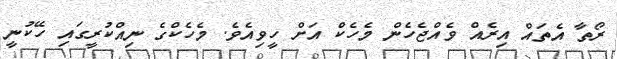
ރޯތާ އެތައް އިރެއް ވެއްޖެހެން މެހެކް އަށް ހީވިއެވެ. މެހެކްގެ ނިއްކުރީގައި ހޭކުނީ